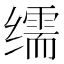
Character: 𦈡